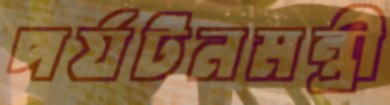
পর্যটনমন্ত্রী